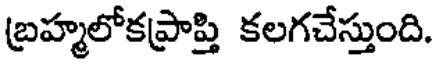
బ్రహ్మలోకప్రాప్తి కలగచేస్తుంది.